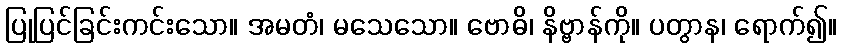
ပြုပြင်ခြင်းကင်းသော။ အမတံ၊ မသေသော။ ဗောဓိ၊ နိဗ္ဗာန်ကို။ ပတွာန၊ ရောက်၍။